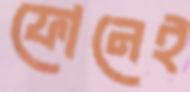
ফোনেই